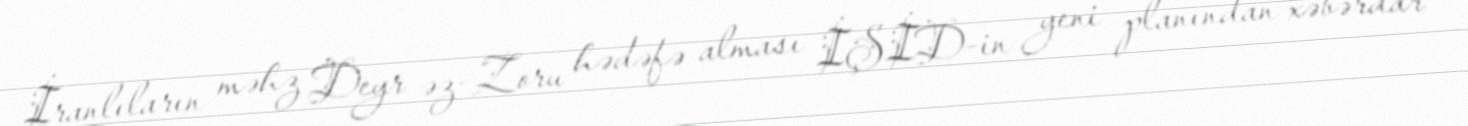
İranlıların məhz Deyr əz-Zoru hədəfə alması İŞİD-in yeni planından xəbərdar